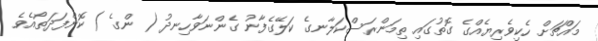
މައްޗަށް ހެކިވެރިޔެއްގެ ގޮތުގައި ތިމަންރަސްކަލާނގެ ކަލޭގެފާނު ގެންނަވާހިނދު ( ންގެ ) ކޮންފަދަތޯއެވެ